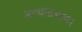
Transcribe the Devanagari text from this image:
अत्यंताभाव।